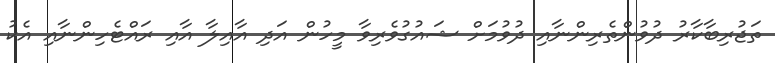
ތަޖުރިބާކާރު ދުވުންތެރިންނާއި ދުވުމަށް ޝައުގުވެރިވާ މީހުން އަދި އާއިލާ އާއި ރައްޓެހިންނާއި އެކު